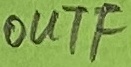
Text: OUTF